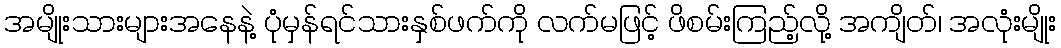
အမျိုးသားများအနေနဲ့ ပုံမှန်ရင်သားနှစ်ဖက်ကို လက်မဖြင့် ဖိစမ်းကြည့်လို့ အကျိတ်၊ အလုံးမျိုး